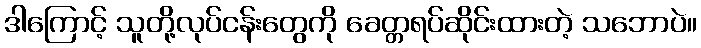
ဒါကြောင့် သူတို့လုပ်ငန်းတွေကို ခေတ္တရပ်ဆိုင်းထားတဲ့ သဘောပဲ။